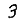
Digit: 3